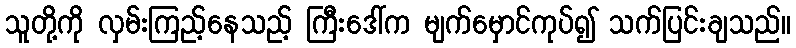
သူတို့ကို လှမ်းကြည့်နေသည့် ကြီးဒေါ်က မျက်မှောင်ကုပ်၍ သက်ပြင်းချသည်။